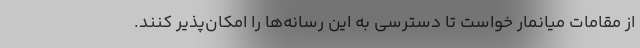
از مقامات میانمار خواست تا دسترسی به این رسانه‌ها را امکان‌پذیر کنند.